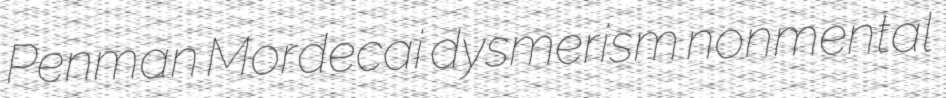
Penman Mordecai dysmerism nonmental